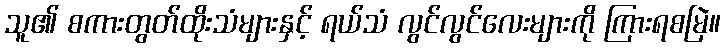
သူ၏ စကားတွတ်ထိုးသံများနှင့် ရယ်သံ လွင်လွင်လေးများကို ကြားရစမြဲ။